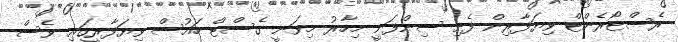
ރެސްޓޯރެންޓް ވިޔަފާރިން ފެށި ސިންފަނީ މިހާރު މިވަނީ ގެސްޓް ހައުސް ވިޔަފާރީގައި ވެސް